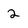
Character: 2